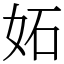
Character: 妬